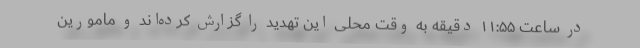
در ساعت ۱۱:۵۵ دقیقه به وقت محلی این تهدید را گزارش کرده‌اند و مامورین